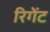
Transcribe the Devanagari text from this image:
रिगेंट